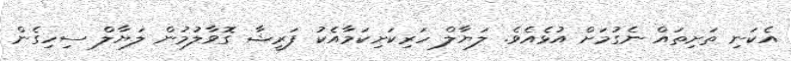
އެކަނި ތަށިތައް ނެގުމަށް އުޅެއެވެ. ލަޔާލް ހަރިކަށިކަމާއެކު ފަރީޝާ ގޮވާލުމުން ލަޔާލް ސިހިގެން